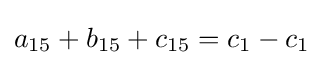
a_{15}+b_{15}+c_{15}=c_{1}-c_{1}